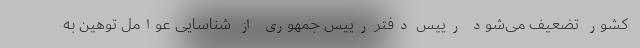
کشور تضعیف می‌شود رییس دفتر رییس جمهوری از شناسایی عوامل توهین به